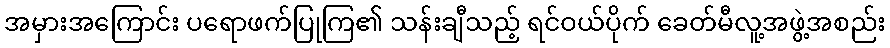
အမှားအကြောင်း ပရောဖက်ပြုကြ၏ သန်းချီသည့် ရင်ဝယ်ပိုက် ခေတ်မီလူ့အဖွဲ့အစည်း